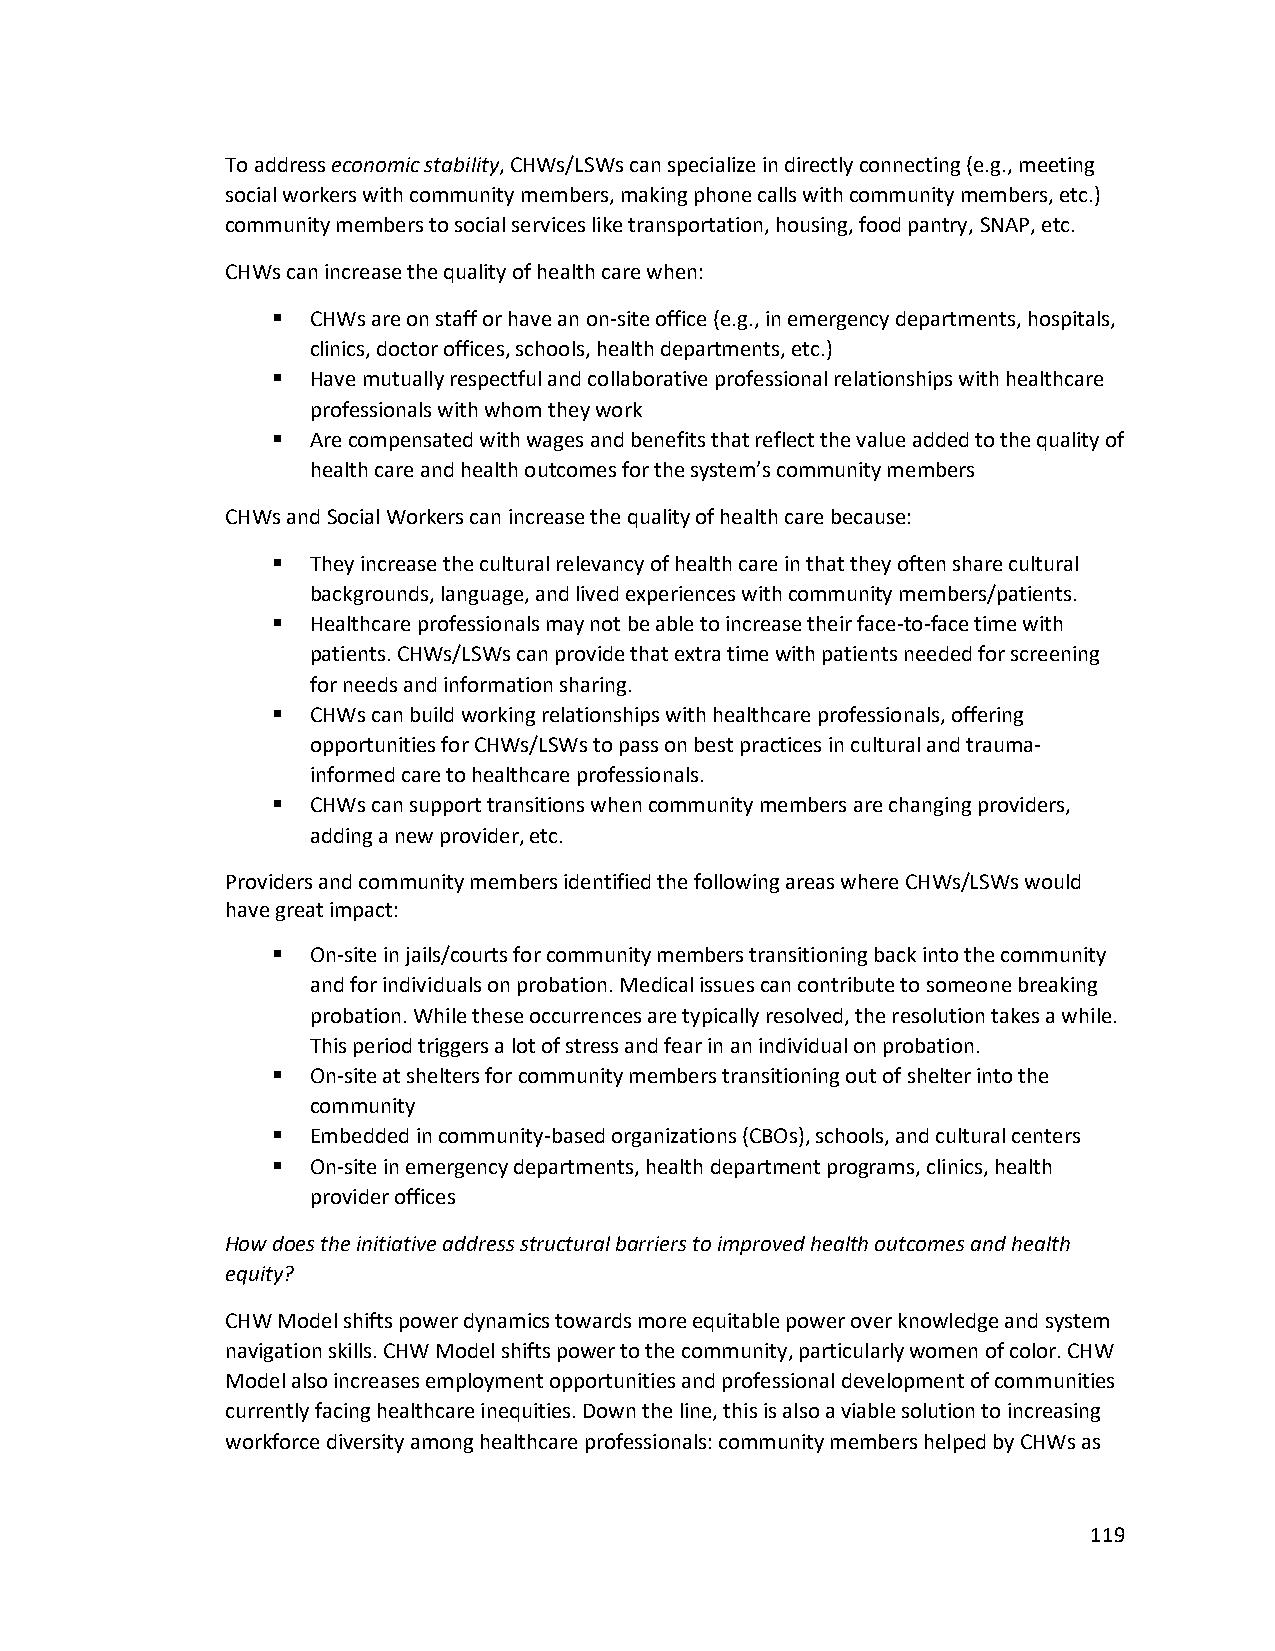
To address economic stability, CHWs/LSWs can specialize in directly connecting (e.g., meeting
 social workers with community members, making phone calls with community members, etc.)
 community members to social services like transportation, housing, food pantry, SNAP, etc.
 CHWs can increase the quality of health care when:
  CHWs are on staff or have an on-site office (e.g., in emergency departments, hospitals,
 clinics, doctor offices, schools, health departments, etc.)
  Have mutually respectful and collaborative professional relationships with healthcare
 professionals with whom they work
  Are compensated with wages and benefits that reflect the value added to the quality of
 health care and health outcomes for the system’s community members
 CHWs and Social Workers can increase the quality of health care because:
  They increase the cultural relevancy of health care in that they often share cultural
 backgrounds, language, and lived experiences with community members/patients.
  Healthcare professionals may not be able to increase their face-to-face time with
 patients. CHWs/LSWs can provide that extra time with patients needed for screening
 for needs and information sharing.
  CHWs can build working relationships with healthcare professionals, offering
 opportunities for CHWs/LSWs to pass on best practices in cultural and trauma-
 informed care to healthcare professionals.
  CHWs can support transitions when community members are changing providers,
 adding a new provider, etc.
 Providers and community members identified the following areas where CHWs/LSWs would
 have great impact:
  On-site in jails/courts for community members transitioning back into the community
 and for individuals on probation. Medical issues can contribute to someone breaking
 probation. While these occurrences are typically resolved, the resolution takes a while.
 This period triggers a lot of stress and fear in an individual on probation.
  On-site at shelters for community members transitioning out of shelter into the
 community
  Embedded in community-based organizations (CBOs), schools, and cultural centers
  On-site in emergency departments, health department programs, clinics, health
 provider offices
 How does the initiative address structural barriers to improved health outcomes and health
 equity?
 CHW Model shifts power dynamics towards more equitable power over knowledge and system
 navigation skills. CHW Model shifts power to the community, particularly women of color. CHW
 Model also increases employment opportunities and professional development of communities
 currently facing healthcare inequities. Down the line, this is also a viable solution to increasing
 workforce diversity among healthcare professionals: community members helped by CHWs as
 119